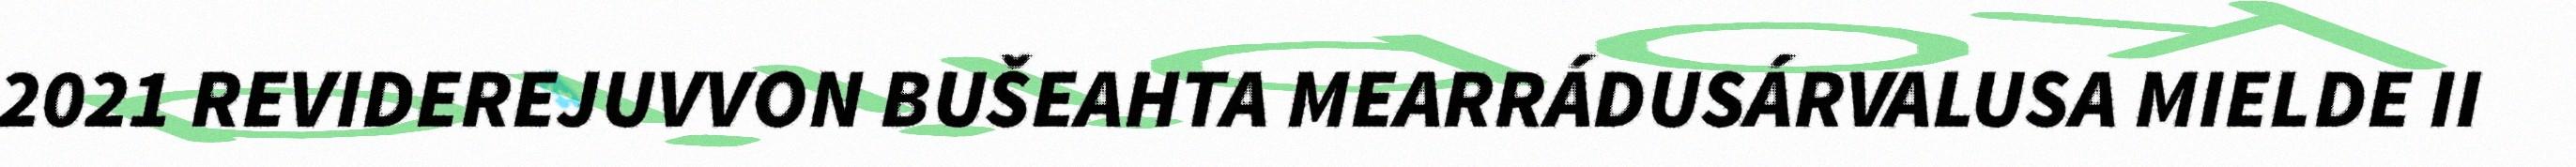
2021 REVIDEREJUVVON BUŠEAHTA MEARRÁDUSÁRVALUSA MIELDE II